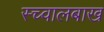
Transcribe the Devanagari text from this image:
स्च्वालबाख